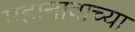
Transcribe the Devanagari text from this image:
महानावाच्या